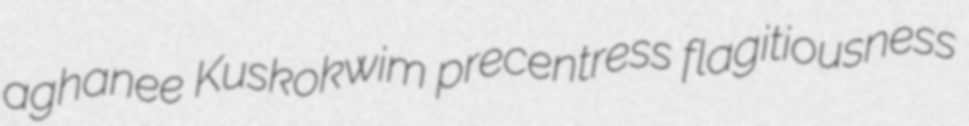
aghanee Kuskokwim precentress flagitiousness